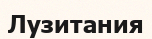
Лузитания